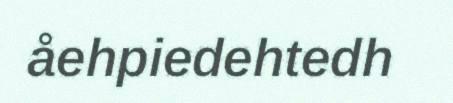
åehpiedehtedh